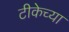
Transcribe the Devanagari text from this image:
टीकेच्या